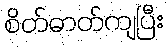
စိတ်ဓာတ်ကျပြီး